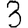
Digit: 3